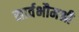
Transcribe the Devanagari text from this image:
सार्वभौमश्री